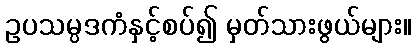
ဥပသမ္ပဒကံနှင့်စပ်၍ မှတ်သားဖွယ်များ။